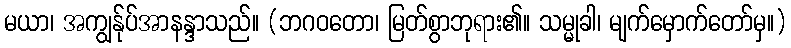
မယာ၊ အကျွန်ုပ်အာနန္ဒာသည်။ (ဘဂဝတော၊ မြတ်စွာဘုရား၏။ သမ္မုခါ၊ မျက်မှောက်တော်မှ။)